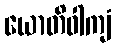
ယောတိဝါကျံ